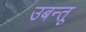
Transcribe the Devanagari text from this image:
उबन्तू